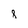
Character: 8